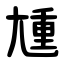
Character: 尰